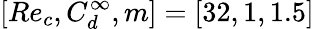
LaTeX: [Re_{c},C_{d}^{\infty},m]=[32,1,1.5]